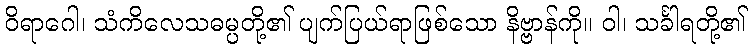
ဝိရာဂေါ၊ သံကိလေသဓမ္ပတို့၏ ပျက်ပြယ်ရာဖြစ်သော နိဗ္ဗာန်ကို။ ဝါ၊ သင်္ခါရတို့၏